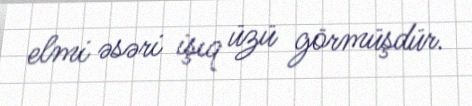
elmi əsəri işıq üzü görmüşdür.